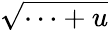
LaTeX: \sqrt{\cdots+u}